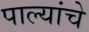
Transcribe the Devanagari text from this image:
पाल्यांचे